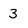
Character: 3